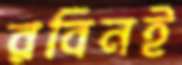
রবিনই